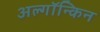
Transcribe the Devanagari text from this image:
अल्गॉन्किन